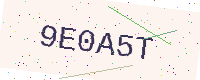
Text: 9E0A5T